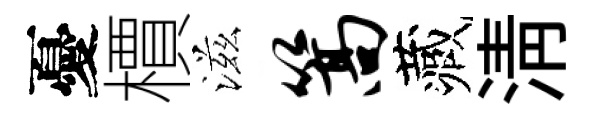
憂檟滋篙藏清